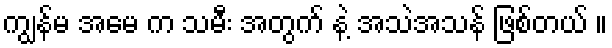
ကျွန်မ အမေ က သမီး အတွက် နဲ့ အသဲအသန် ဖြစ်တယ် ။